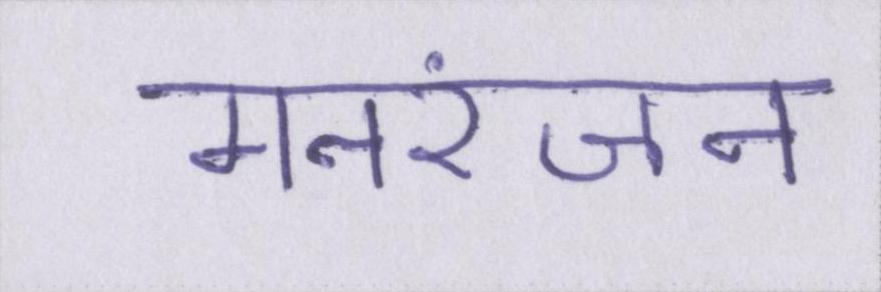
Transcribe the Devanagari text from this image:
मनरंजन